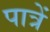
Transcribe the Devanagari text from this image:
पात्रें